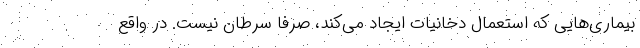
بیماری‌هایی که استعمال دخانیات ایجاد می‌کند، صرفا سرطان نیست. در واقع